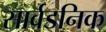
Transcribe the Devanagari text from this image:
सार्वडनिक